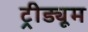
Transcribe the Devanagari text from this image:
ट्रीड्यूम